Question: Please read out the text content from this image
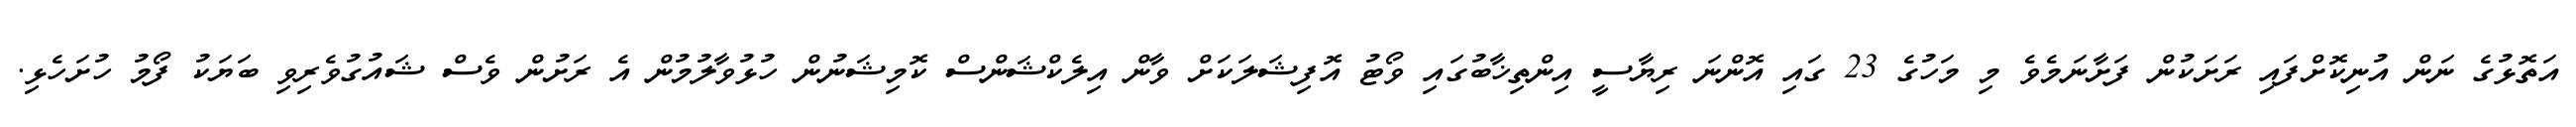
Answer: އަތޮޅުގެ ނަން އުނިކޮށްފައި ރަށަކުން ފަށާނަމެވެ މި މަހުގެ 23 ގައި އޮންނަ ރިޔާސީ އިންތިޚާބުގައި ވޯޓު އޮފިޝަލަކަށް ވާން އިލެކްޝަންސް ކޮމިޝަނުން ހުޅުވާލުމުން އެ ރަށުން ވެސް ޝައުގުވެރިވި ބަޔަކު ފޯމު ހުށަހެޅި.